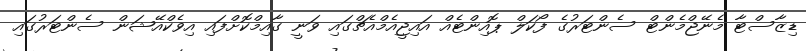
ޑިޒާސްޓާ މެނޭޖްމެންޓް ސެންޓަރުގެ ފޯކަލް ޕޮއިންޓެއް އައިޖީއެމްއެޗްގައި ވަނީ ގާއިމްކޮށްފައި އިވެކްއޭޝަން ސެންޓަރުގައި